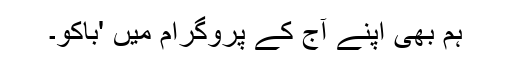
ہم بھی اپنے آج کے پروگرام میں 'باکو۔